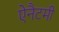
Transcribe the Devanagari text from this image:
ऐनैटमी